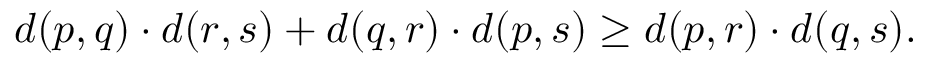
d ( p , q ) \cdot d ( r , s ) + d ( q , r ) \cdot d ( p , s ) \geq d ( p , r ) \cdot d ( q , s ) .